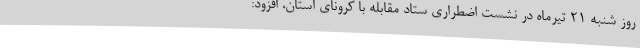
روز شنبه 21 تیرماه در نشست اضطراری ستاد مقابله با کرونای استان، افزود: